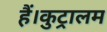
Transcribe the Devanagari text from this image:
हैं।कुट्रालम